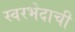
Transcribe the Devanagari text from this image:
स्वरभेदाची